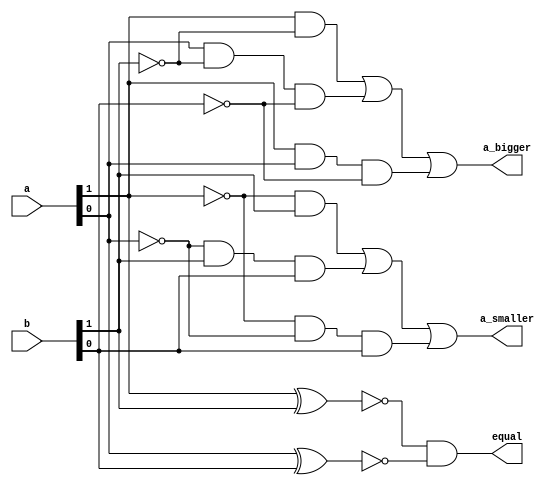
`timescale 1ns / 1ps
//////////////////////////////////////////////////////////////////////////////////
// Company: 
// Engineer: 
// 
// Design Name: 
// Module Name:    twobitcomp 
// Project Name: 
// Target Devices: 
// Tool versions: 
// Description: 
//
// Dependencies: 
//
// Revision: 
// Revision 0.01 - File Created
// Additional Comments: 
//
//////////////////////////////////////////////////////////////////////////////////
module twobitcomp(
    input [1:0] a,
    input [1:0] b,
    output a_bigger,
    output equal,
    output a_smaller
    );
	 wire w1;
	 wire w2;
	 wire w3;
	 wire w4;
	 wire w5;
	 wire w6;
	 wire w7;
	 wire w8;
	 wire w9;
	 wire w10;
	 wire w11;
	 wire w12;


xnor x1(w1 , a[1] , b[1] );
xnor x2(w2 , a[0] , b[0] );
and an1(equal , w1 , w2);
//defining equal output
not n1 ( w3 , a[1] );
not n2 ( w4 , a[0] );
not n3 ( w5 , b[1] );
not n4 ( w6 , b[0] );
//creating not of inputs
and an2 (w7,a[1],w5);
and an3(w8,a[0],w5,w6);
and an4(w9,a[1],a[0],w6);
or o1(a_bigger,w7,w8,w9);
//defining the condition in which a>b
and an5(w10,w3,b[1]);
and an6(w11,w4,b[1],b[0]);
and an7(w12,w3,w4,b[0]);
or o2(a_smaller,w10,w11,w12);
//defining the condition in which a<b

endmodule